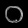
Digit: ၀